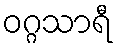
ဝဂ္ဂသာရီ